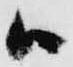
ハ